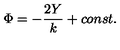
\Phi = - \frac { 2 Y } { k } + c o n s t .